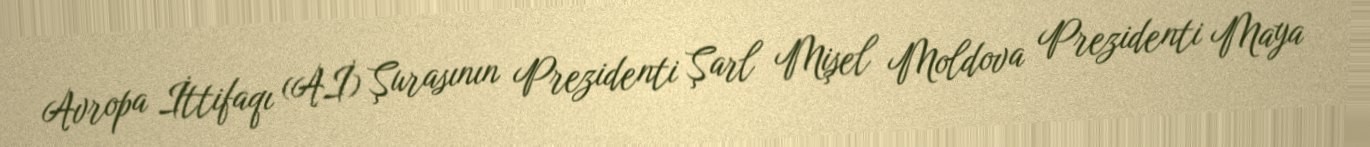
Avropa İttifaqı (Aİ) Şurasının Prezidenti Şarl Mişel Moldova Prezidenti Maya